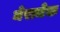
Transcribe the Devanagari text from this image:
मेरामेक